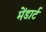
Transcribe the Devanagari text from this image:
मेंडार्ट